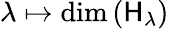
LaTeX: \lambda\mapsto\dim\left(\mathsf{H}_{\lambda}\right)